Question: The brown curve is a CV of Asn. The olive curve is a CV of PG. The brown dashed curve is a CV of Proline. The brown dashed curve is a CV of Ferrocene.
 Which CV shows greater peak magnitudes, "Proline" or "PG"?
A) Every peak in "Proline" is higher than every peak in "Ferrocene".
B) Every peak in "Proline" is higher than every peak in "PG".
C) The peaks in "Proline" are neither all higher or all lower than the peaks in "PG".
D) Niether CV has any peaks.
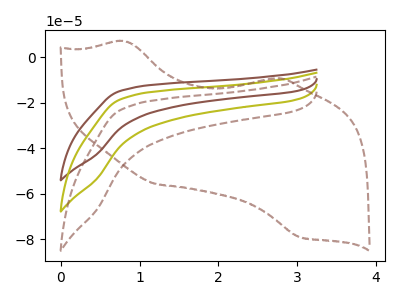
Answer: <think>The brown curve "Asn" has no peaks. The olive curve "PG" has no peaks. The brown dashed curve "Proline" has no peaks. The brown dashed curve "Ferrocene" has anodic peaks at (0.80V, 7.05uA) (2.70V, -9.25uA) and cathodic peaks at (1.20V, -55.70uA) (3.05V, -79.05uA).</think>
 <answer>D) Niether CV has any peaks.</answer>
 <eval>D</eval>